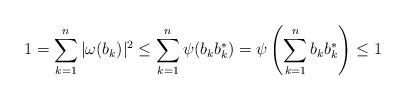
LaTeX: \begin{align*}1&=\sum_{k=1}^n |\omega(b_k)|^2\leq \sum_{k=1}^n \psi(b_kb_k^*)=\psi\left(\sum_{k=1}^n b_k b_k^* \right)\leq 1\end{align*}